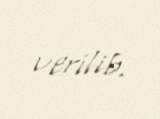
verilib.